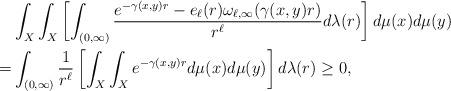
LaTeX: \begin{align*} &\int_{X}\int_{X} \left [\int_{(0,\infty)} \frac{e^{-\gamma(x,y)r} - e_{\ell}(r)\omega_{\ell,\infty}(\gamma(x,y)r)}{r^{\ell}} d\lambda(r)\right ]d\mu(x)d\mu(y) \\ =&\int_{(0,\infty)}\frac{1}{r^{\ell}}\left [\int_{X}\int_{X} e^{-\gamma(x,y)r} d\mu(x)d\mu(y)\right ]d\lambda(r) \geq 0,\end{align*}